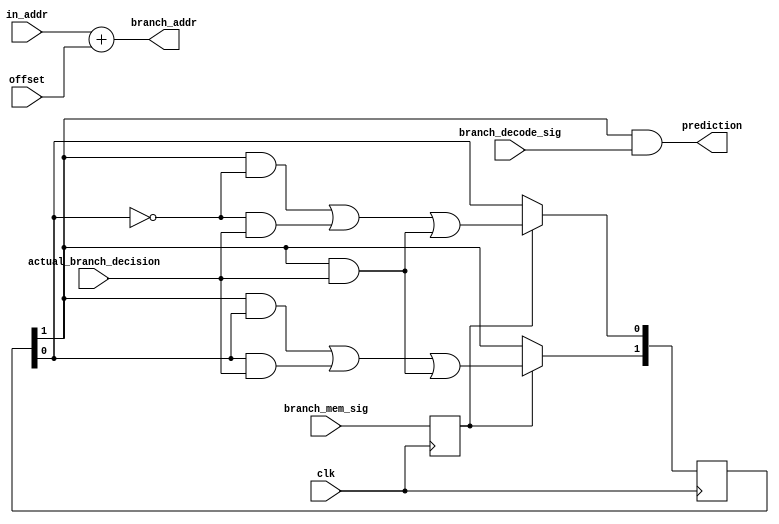
module branch_predictor(
		clk,
		actual_branch_decision,
		branch_decode_sig,
		branch_mem_sig,
		in_addr,
		offset,
		branch_addr,
		prediction
	);

	/*
	 *	inputs
	 */
	input		clk;
	input		actual_branch_decision;
	input		branch_decode_sig;
	input		branch_mem_sig;
	input [31:0]	in_addr;
	input [31:0]	offset;

	/*
	 *	outputs
	 */
	output [31:0]	branch_addr;
	output		prediction;

	/*
	 *	internal state
	 */
	reg [1:0]	s;

	reg		branch_mem_sig_reg;

	/*
	 *	The `initial` statement below uses Yosys's support for nonzero
	 *	initial values:
	 *
	 *		https://github.com/YosysHQ/yosys/commit/0793f1b196df536975a044a4ce53025c81d00c7f
	 *
	 *	Rather than using this simulation construct (`initial`),
	 *	the design should instead use a reset signal going to
	 *	modules in the design and to thereby set the values.
	 */
	initial begin
		s = 2'b00;
		branch_mem_sig_reg = 1'b0;
	end

	always @(negedge clk) begin
		branch_mem_sig_reg <= branch_mem_sig;
	end

	/*
	 *	Using this microarchitecture, branches can't occur consecutively
	 *	therefore can use branch_mem_sig as every branch is followed by
	 *	a bubble, so a 0 to 1 transition
	 */
	always @(posedge clk) begin
		if (branch_mem_sig_reg) begin
			s[1] <= (s[1]&s[0]) | (s[0]&actual_branch_decision) | (s[1]&actual_branch_decision);
			s[0] <= (s[1]&(!s[0])) | ((!s[0])&actual_branch_decision) | (s[1]&actual_branch_decision);
		end
	end

	assign branch_addr = in_addr + offset;
	assign prediction = s[1] & branch_decode_sig;
endmodule